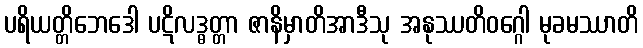
ပရိယတ္တိဘေဒေါ ပဋိလဒ္ဓတ္တာ ဇာနိမှာတိအာဒီသု အနုဿတိဝဂ္ဂေါ မုခမဿာတိ